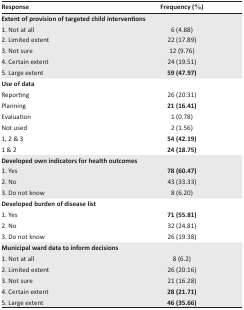
<table><thead><tr><td><b>Response</b></td><td><b>Frequency (%)</b></td></tr></thead><tbody><tr><td colspan="2"><b>Extent of provision of targeted child interventions</b></td></tr><tr><td>1. Not at all</td><td>6 (4.88)</td></tr><tr><td>2. Limited extent</td><td>22 (17.89)</td></tr><tr><td>3. Not sure</td><td>12 (9.76)</td></tr><tr><td>4. Certain extent</td><td>24 (19.51)</td></tr><tr><td>5. Large extent</td><td><b>59 (47.97)</b></td></tr><tr><td colspan="2"><b>Use of data</b></td><td></td></tr><tr><td>Reporting</td><td>26 (20.31)</td></tr><tr><td>Planning</td><td><b>21 (16.41)</b></td></tr><tr><td>Evaluation</td><td>1 (0.78)</td></tr><tr><td>Not used</td><td>2 (1.56)</td></tr><tr><td>1, 2 &amp; 3</td><td><b>54 (42.19)</b></td></tr><tr><td>1 &amp; 2</td><td><b>24 (18.75)</b></td></tr><tr><td colspan="2"><b>Developed own indicators for health outcomes</b></td></tr><tr><td>1. Yes</td><td><b>78 (60.47)</b></td></tr><tr><td>2. No</td><td>43 (33.33)</td></tr><tr><td>3. Do not know</td><td>8 (6.20)</td></tr><tr><td colspan="2"><b>Developed burden of disease list</b></td><td></td></tr><tr><td>1. Yes</td><td><b>71 (55.81)</b></td></tr><tr><td>2. No</td><td>32 (24.81)</td></tr><tr><td>3. Do not know</td><td>26 (19.38)</td></tr><tr><td colspan="2"><b>Municipal ward data to inform decisions</b></td></tr><tr><td>1. Not at all</td><td>8 (6.2)</td></tr><tr><td>2. Limited extent</td><td>26 (20.16)</td></tr><tr><td>3. Not sure</td><td>21 (16.28)</td></tr><tr><td>4. Certain extent</td><td><b>28 (21.71)</b></td></tr><tr><td>5. Large extent</td><td><b>46 (35.66)</b></td></tr></tbody></table>